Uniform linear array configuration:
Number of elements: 4
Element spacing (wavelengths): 0.25
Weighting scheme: binomial
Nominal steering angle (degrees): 15
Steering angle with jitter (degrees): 14.24
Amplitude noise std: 0.05
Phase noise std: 0.05

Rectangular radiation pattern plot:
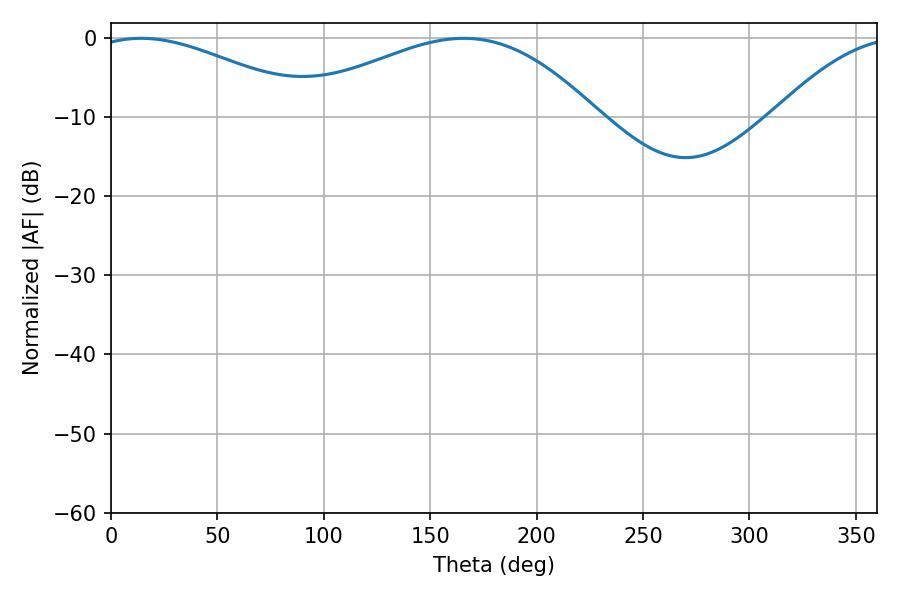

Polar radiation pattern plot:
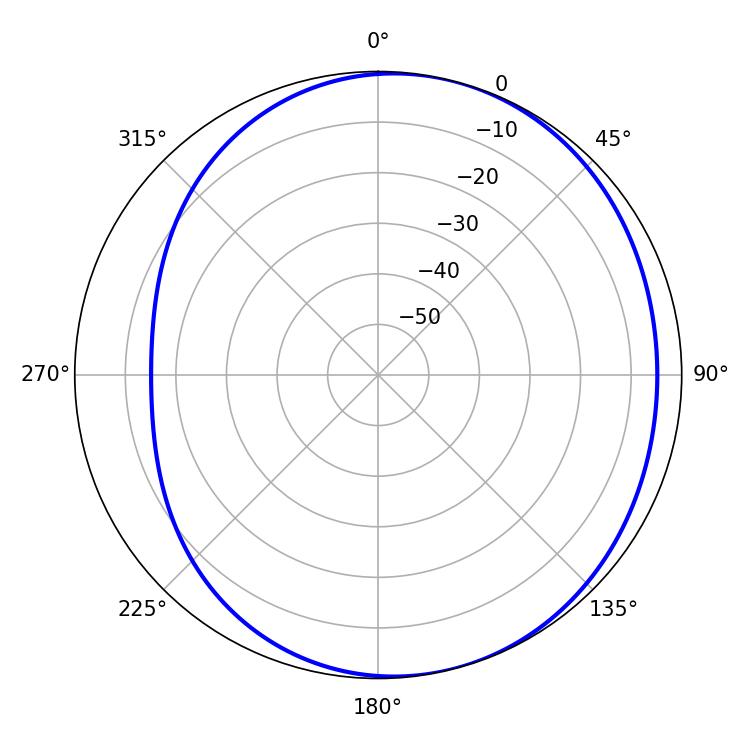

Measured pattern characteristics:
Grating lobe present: FALSE
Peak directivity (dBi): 3.91
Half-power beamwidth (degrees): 57.96
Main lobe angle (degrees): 14.22